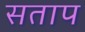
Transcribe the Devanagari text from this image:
सताप